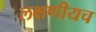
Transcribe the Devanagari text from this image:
लक्षणीयच